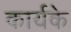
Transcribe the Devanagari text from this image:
कार्यके